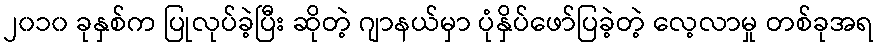
၂၀၁၀ ခုနှစ်က ပြုလုပ်ခဲ့ပြီး ဆိုတဲ့ ဂျာနယ်မှာ ပုံနှိပ်ဖော်ပြခဲ့တဲ့ လေ့လာမှု တစ်ခုအရ